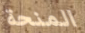
المنحة